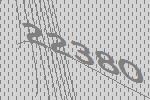
22380